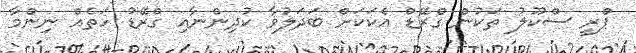
ޕްރީ ސްކޫލު ތަކުން ގްރޭޑް އެކަކަށް ބަދަލުވާ ކުދިންނާއި ގްރޭޑު ހަތެއް ނިންމާ